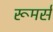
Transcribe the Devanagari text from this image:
रूमर्स